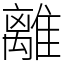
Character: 離